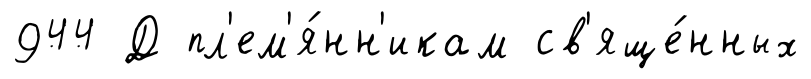
944 Д пл'ем'я́нн'икам св'яще́нных